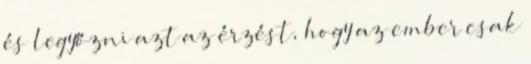
és legyőzni azt az érzést, hogy az ember csak